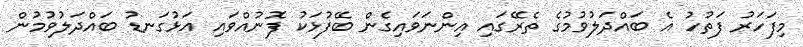
މިފަހަރު ފަތުހު އެ ބައްދަލުވުމުގެ ތެރޭގައި އިންނަވައިގެން ބޭފުޅަކު ފޮނުއްވައި އަޅުގަނޑު ބައްދަލުވުމުން